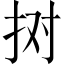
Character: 𢫊